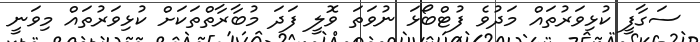
ސަގާފީ ކުޅިވަރުތައް މަދުވެ ފުޓްބޯޅަ ނުވަތަ ވޮލީ ފަދަ މުބާރާތްތަކަށް ކުޅިވަރުތައް މިވަނީ